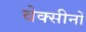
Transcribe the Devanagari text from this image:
वेक्सीनों